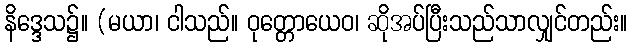
နိဒ္ဒေသ၌။ (မယာ၊ ငါသည်။ ဝုတ္တောယေဝ၊ ဆိုအပ်ပြီးသည်သာလျှင်တည်း။